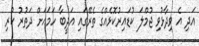
އަދި އެ ވިދާޅުވި ޖުމްލަ ކުޑައިރުކޮޅެއްގެ ތެރޭގައި އަދީބާ ހަމައަށް ދަތުރު ކުރި